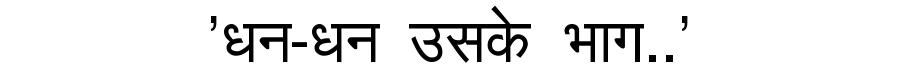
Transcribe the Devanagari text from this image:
'धन-धन उसके भाग..'